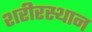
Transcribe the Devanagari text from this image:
शरीरस्थान